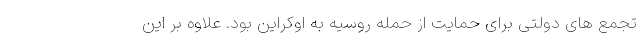
تجمع های دولتی برای حمایت از حمله روسیه به اوکراین بود. علاوه بر این